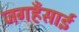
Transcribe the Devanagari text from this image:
जगहँसाई